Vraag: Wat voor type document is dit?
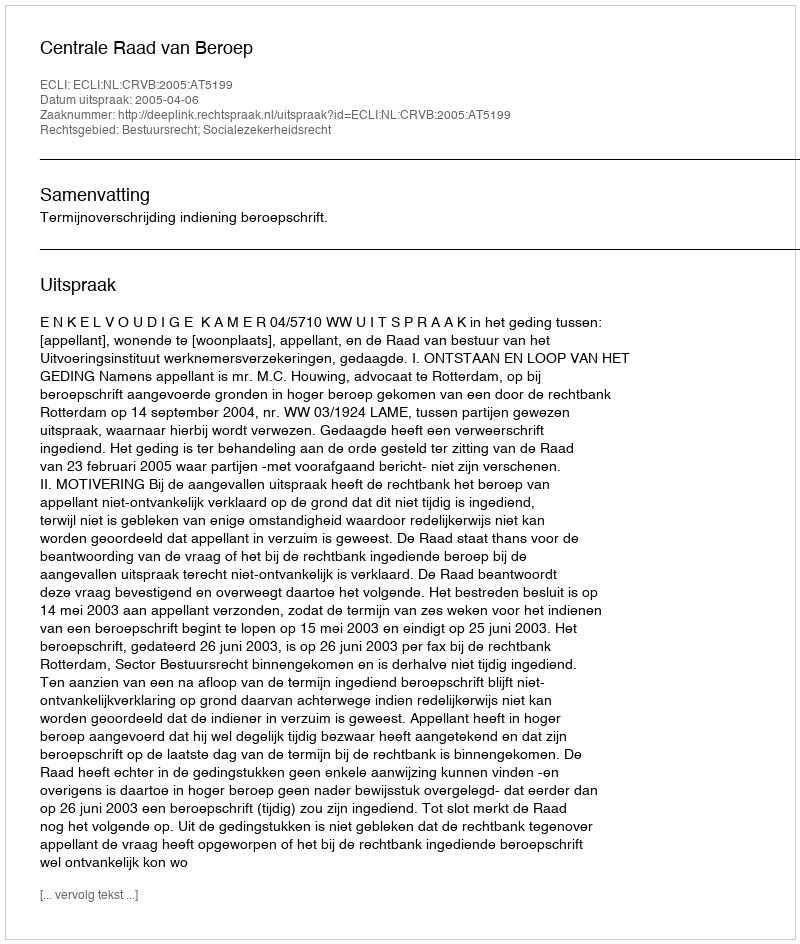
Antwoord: Uitspraak